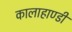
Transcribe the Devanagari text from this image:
कालाहाण्डी